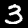
Label: 3